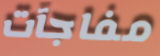
مفاجآت